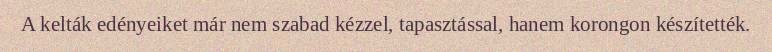
A kelták edényeiket már nem szabad kézzel, tapasztással, hanem korongon készítették.